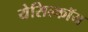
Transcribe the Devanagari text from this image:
येसिल्कॉय